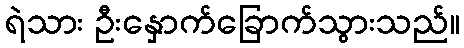
ရဲသား ဦးနှောက်ခြောက်သွားသည်။